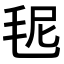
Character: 𣭙